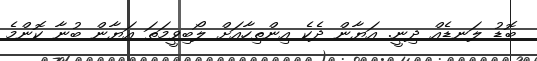
ބޮޑު ލަނޑެއް ދިނީ. އަޔާން ދެކެ އިންތިހާއަށް ލޯބިވީމަތަ އަޔާން ބުނާ ކޮންމެ